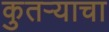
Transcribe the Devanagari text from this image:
कुतऱ्याचा